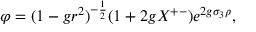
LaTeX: \varphi = ( 1 - g r ^ { 2 } ) ^ { - { \frac { 1 } { 2 } } } ( 1 + 2 g X ^ { + - } ) e ^ { 2 g \sigma _ { 3 } \rho } ,